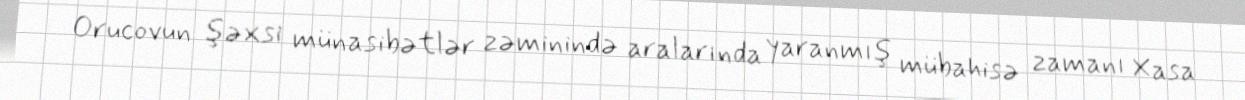
Orucovun şəxsi münasibətlər zəminində aralarında yaranmış mübahisə zamanı Xasa